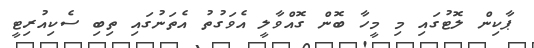
ޕާކިން ލޮޓުގައި މި މީހާ ބޮން ގޮއްވާލީ އެވަގުތު އެތަނުގައި ތިބި ސެކިއުރިޓީ